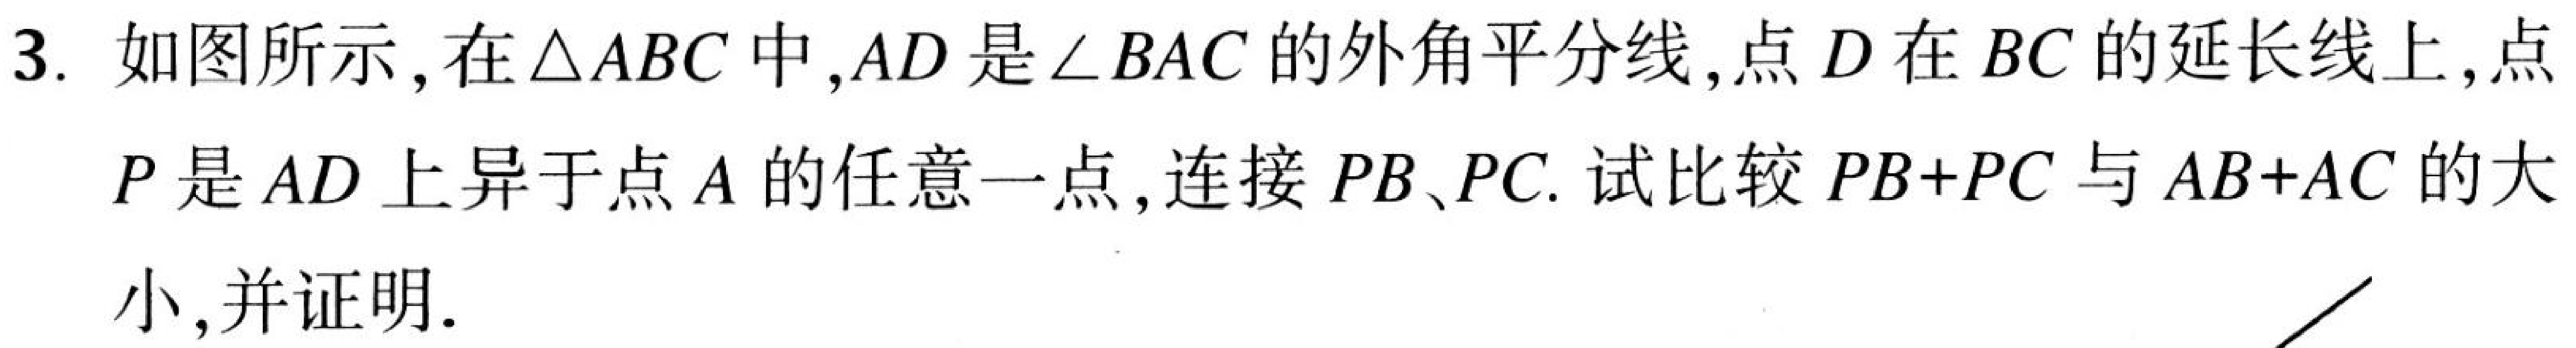
3. 如图所示，在\(\triangle ABC\)中，\(AD\)是\(\angle BAC\)的外角平分线，点\(D\)在\(BC\)的延长线上，点\(P\)是\(AD\)上异于点\(A\)的任意一点，连接\(PB\)、\(PC\). 试比较\(PB + PC\)与\(AB + AC\)的大小，并证明.